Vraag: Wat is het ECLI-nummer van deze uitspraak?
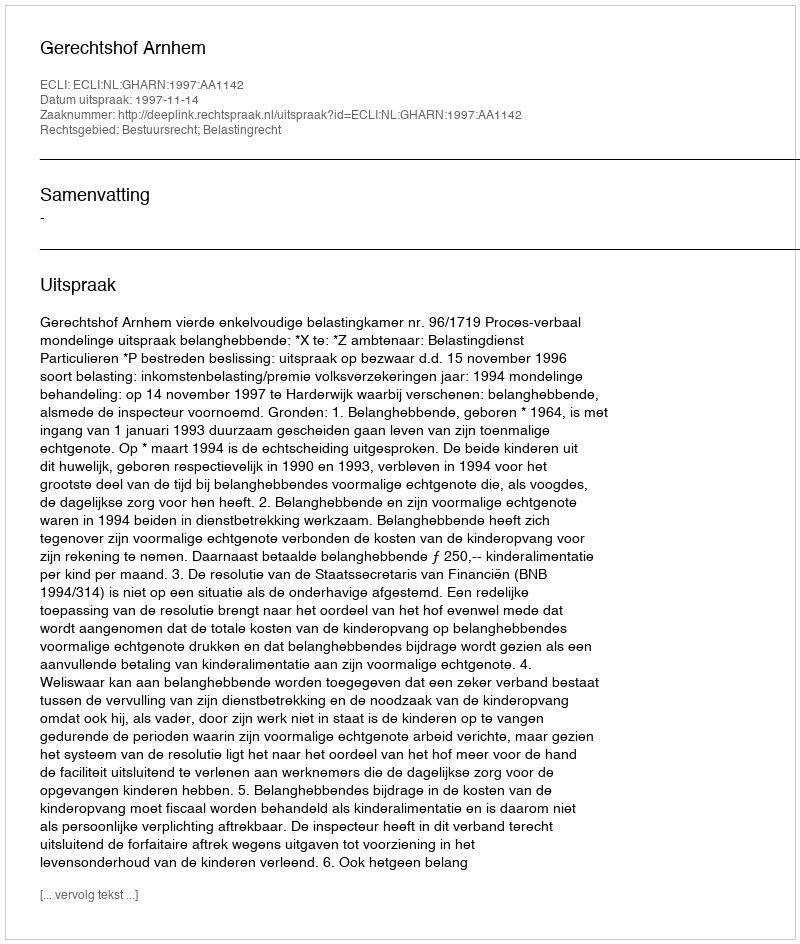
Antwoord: ECLI:NL:GHARN:1997:AA1142